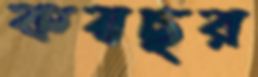
কয়ছর